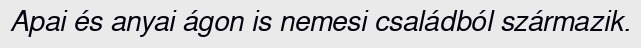
Apai és anyai ágon is nemesi családból származik.